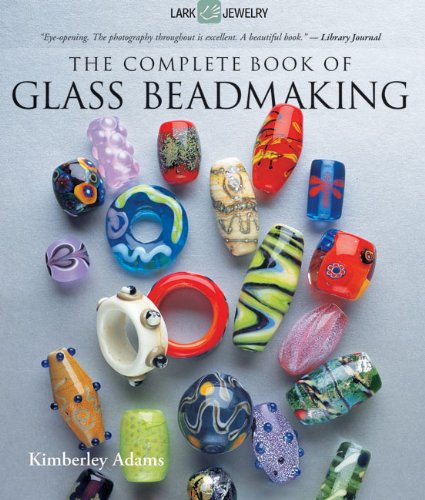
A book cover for The Complete Book of Glass Beadmaking (Lark Jewelry Book); Kimberley Adams; Crafts, Hobbies & Home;